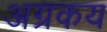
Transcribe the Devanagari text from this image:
अग्रकय